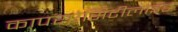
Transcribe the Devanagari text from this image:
कापरऐसिटीलाइड